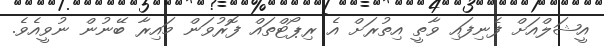
އީޝަލްއަށް ފެނިފައި ވާތީ އިތުރަށް އެ ރިޕޯޓްތައް ފޮރުވަން މައިރާ ބޭނުން ނުވީއެވެ.